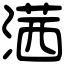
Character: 𣺋